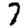
Digit: 7